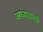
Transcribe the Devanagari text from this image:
अध्यात्माने